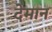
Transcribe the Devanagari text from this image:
देमान